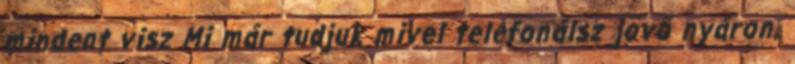
mindent visz Mi már tudjuk mivel telefonálsz jövő nyáron,